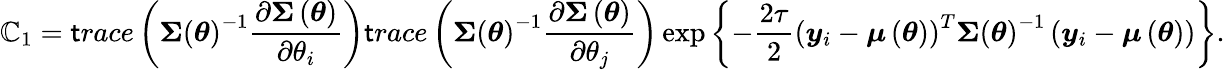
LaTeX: \mathbb{C}_{1}=\mathsf{t}race\left(\boldsymbol{\Sigma}\left(\boldsymbol{\theta}\right)^{-1}\frac{{\partial\boldsymbol{\Sigma}\left(\boldsymbol{\theta}\right)}}{{\partial\theta_{i}}}\right)\mathsf{t}race\left(\boldsymbol{\Sigma}\left(\boldsymbol{\theta}\right)^{-1}\frac{{\partial\boldsymbol{\Sigma}\left(\boldsymbol{\theta}\right)}}{{\partial\theta_{j}}}\right)\exp\left\{ -\frac{{2\tau}}{{2}}\left(\boldsymbol{y}_{i}-\boldsymbol{\mu}\left(\boldsymbol{\theta}\right)\right)^{T}\boldsymbol{\Sigma}\left(\boldsymbol{\theta}\right)^{-1}\left(\boldsymbol{y}_{i}-\boldsymbol{\mu}\left(\boldsymbol{\theta}\right)\right)\right\} .